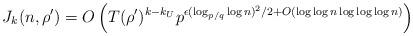
LaTeX: \begin{align*}J_k(n, \rho') = O\left( T(\rho')^{k-k_U} p^{ \epsilon (\log_{p/q} \log n)^2/2 + O(\log\log n \log\log \log n) } \right)\end{align*}